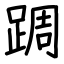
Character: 𨂊